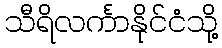
သီရိလင်္ကာနိုင်ငံသို့